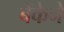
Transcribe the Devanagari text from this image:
बेंकेने